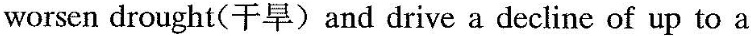
worsen drought(干旱)and drive a decline of up to a